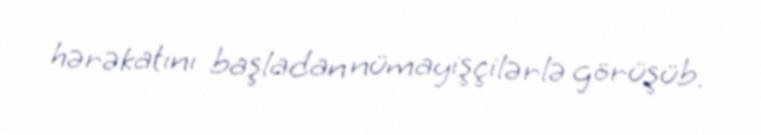
hərəkatını başladan nümayişçilərlə görüşüb.